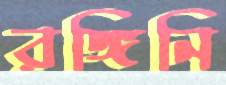
রঙ্গিনি